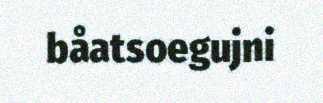
båatsoegujni